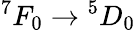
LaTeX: ^7F_{0}\rightarrow{}^{5}D_{0}